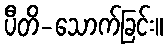
ပီတိ-သောက်ခြင်း။